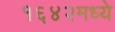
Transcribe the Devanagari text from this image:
१६४२मध्ये